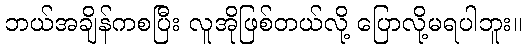
ဘယ်အချိန်ကစပြီး လူအိုဖြစ်တယ်လို့ ပြောလို့မရပါဘူး။